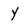
Character: y